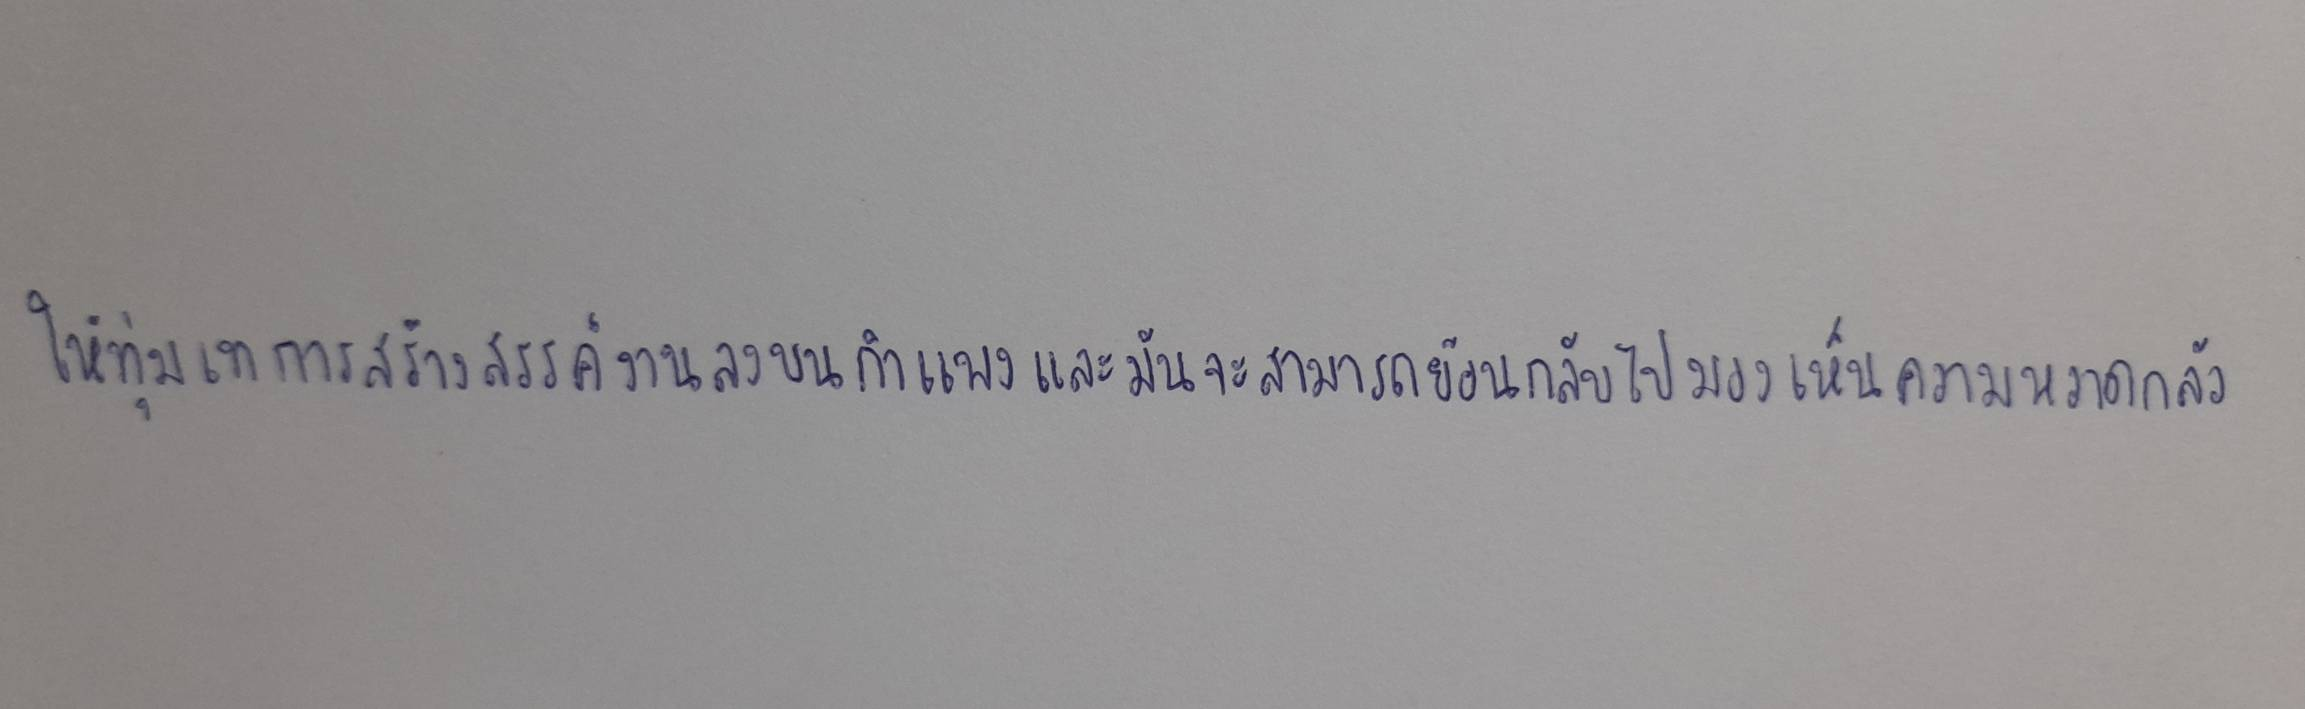
ให้ทุ่มเทการสร้างสรรค์งานลงบนกำแพงและมันจะสามารถย้อนกลับไปมองเห็นความหวาดกลัว